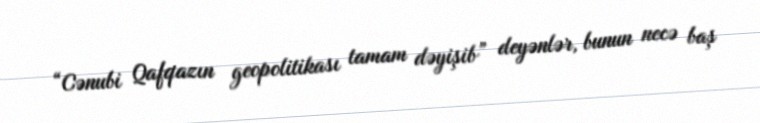
“Cənubi Qafqazın geopolitikası tamam dəyişib” deyənlər, bunun necə baş